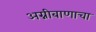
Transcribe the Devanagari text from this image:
अग्नीबाणाचा